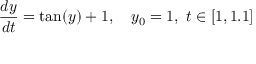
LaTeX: { \frac { d y } { d t } } = \tan ( y ) + 1 , \quad y _ { 0 } = 1 , \ t \in [ 1 , 1 . 1 ]